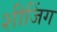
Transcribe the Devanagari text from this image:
शीजिंग